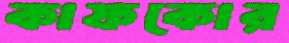
কাফকোর